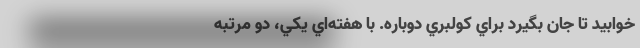
خوابيد تا جان بگيرد براي كولبري دوباره. با هفته‌اي يكي، دو مرتبه